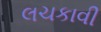
લચકાવી